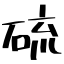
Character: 硫